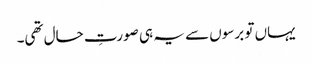
یہاں تو برسوں سے یہ ہی صورتِ حال تھی۔